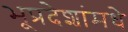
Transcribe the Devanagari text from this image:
भूप्रदेशांमधे